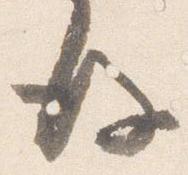
後